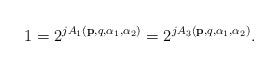
LaTeX: \begin{align*}1=2^{jA_1(\mathbf{p},q,\alpha_1,\alpha_2)}=2^{jA_3(\mathbf{p},q,\alpha_1,\alpha_2)}.\end{align*}